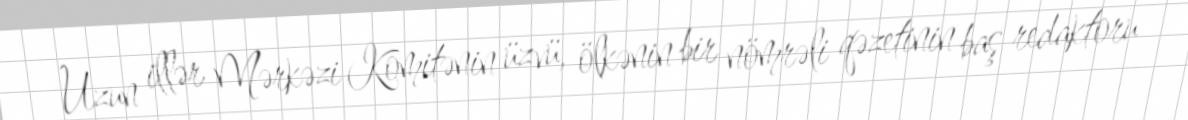
Uzun illər Mərkəzi Komitənin üzvü, ölkənin bir nömrəli qəzetinin baş redaktoru